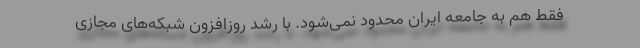
فقط هم به جامعه ایران محدود نمی‌شود. با رشد روزافزون شبکه‌های مجازی